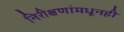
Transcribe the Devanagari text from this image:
निरीक्षणांमधूनही